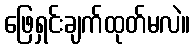
ဖြေရှင်းချက်ထုတ်မလဲ။